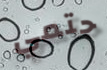
حتمي